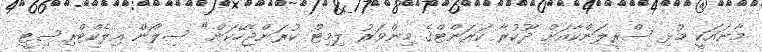
މާނައަކީ މުޅި ސްރީލަންކާއަށް ދޫކުރާ ކަރަންޓްގެ މިންވަރު ލިމިޓް ކުރަންޖެހޭކަން" ސިލޯން އިލެކްޓްރިސިޓީ